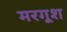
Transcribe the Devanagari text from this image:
मरगूश